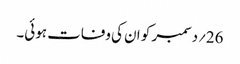
26؍دسمبر کو ان کی وفات ہوئی۔